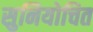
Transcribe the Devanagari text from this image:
सुनियोचित